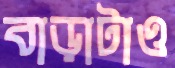
বাড়াটাও